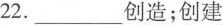
22.___创造；创建